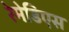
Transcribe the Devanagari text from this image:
रेमेडिएस